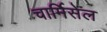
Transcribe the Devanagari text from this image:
चार्मिसेल